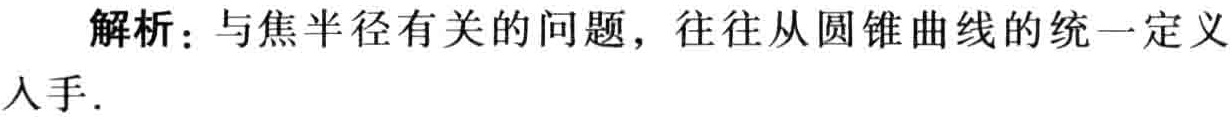
解析：与焦半径有关的问题，往往从圆锥曲线的统一定义入手.